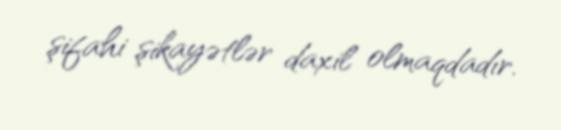
şifahi şikayətlər daxil olmaqdadır.